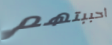
أحببتهم